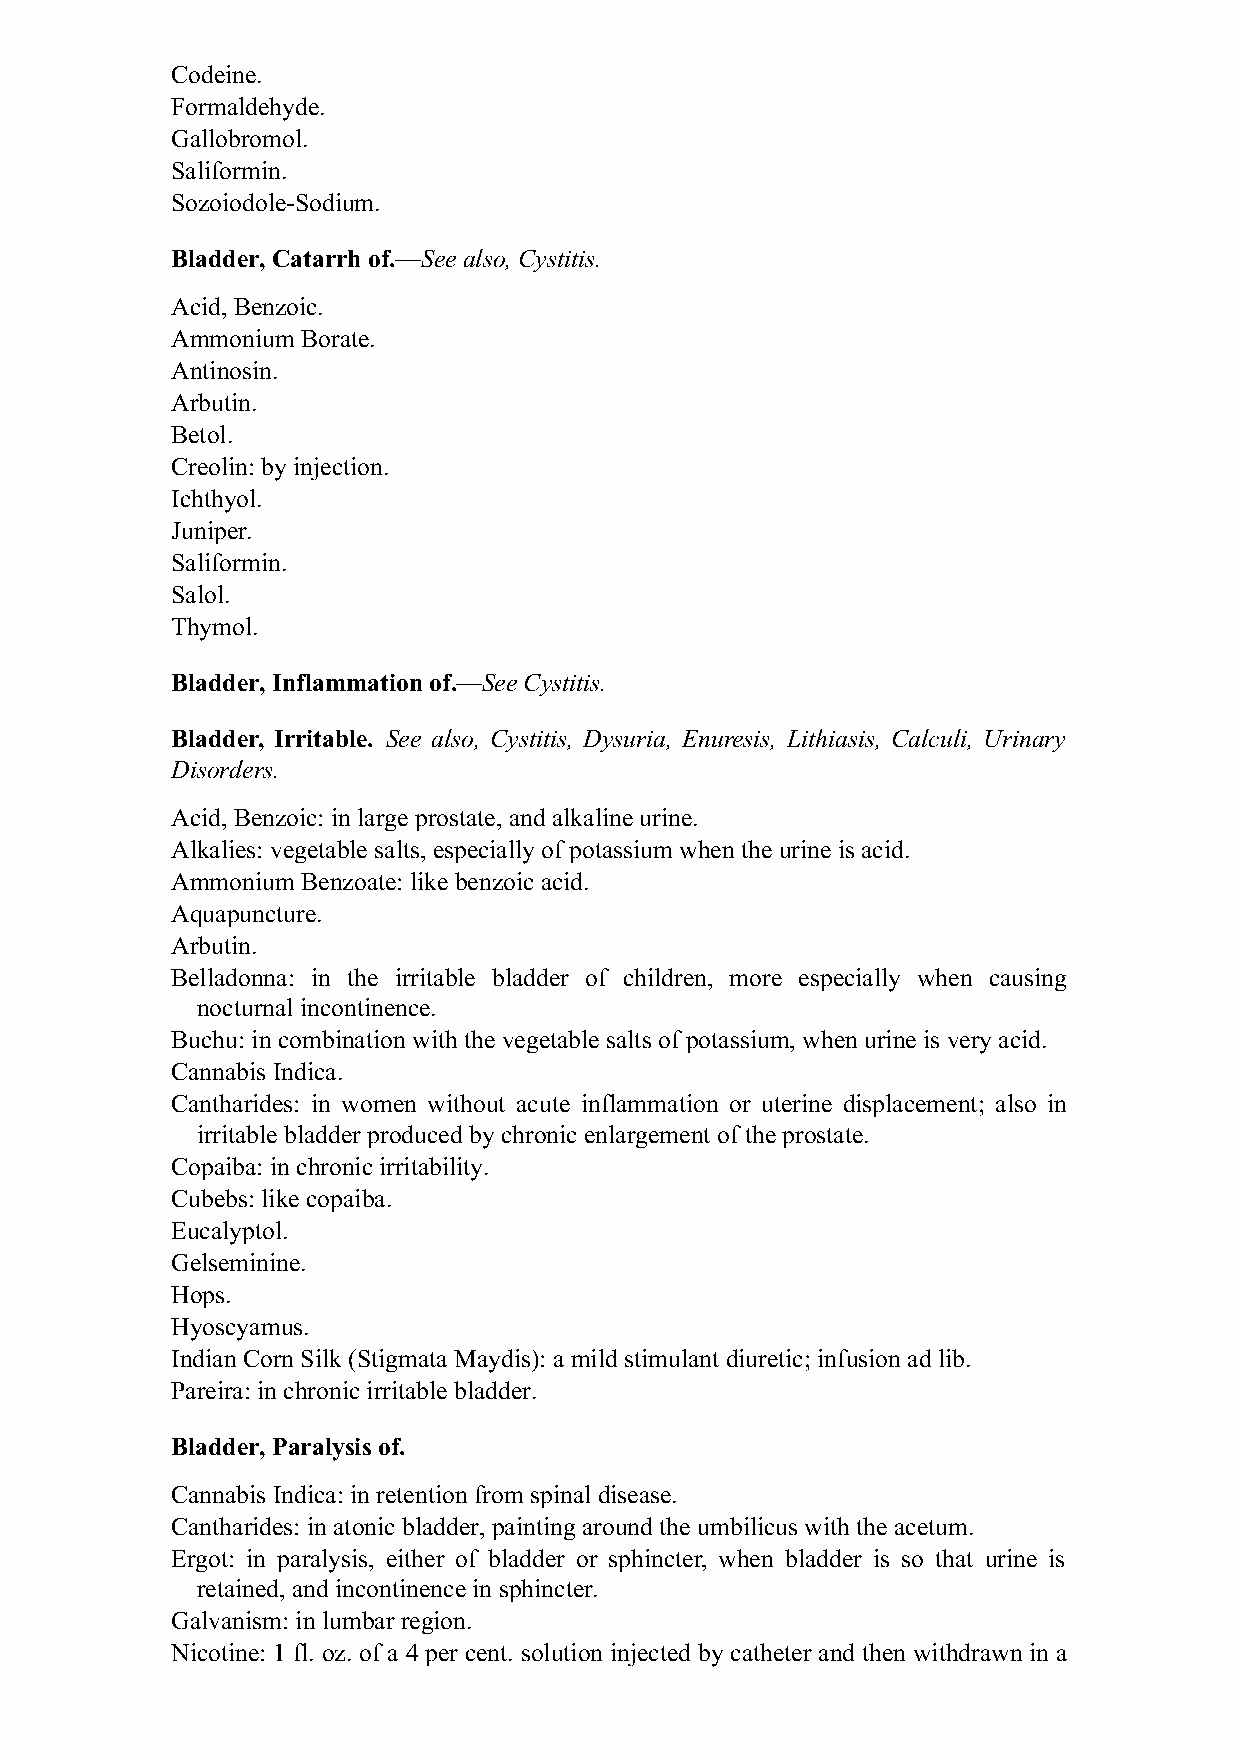
Codeine.
 Formaldehyde.
 Gallobromol.
 Saliformin.
 Sozoiodole-Sodium.
 Bladder, Catarrh of.—See also, Cystitis.
 Acid, Benzoic.
 Ammonium Borate.
 Antinosin.
 Arbutin.
 Betol.
 Creolin: by injection.
 Ichthyol.
 Juniper.
 Saliformin.
 Salol.
 Thymol.
 Bladder, Inflammation of.—See Cystitis.
 Bladder, Irritable. See also, Cystitis, Dysuria, Enuresis, Lithiasis, Calculi, Urinary
 Disorders.
 Acid, Benzoic: in large prostate, and alkaline urine.
 Alkalies: vegetable salts, especially of potassium when the urine is acid.
 Ammonium Benzoate: like benzoic acid.
 Aquapuncture.
 Arbutin.
 Belladonna: in the irritable bladder of children, more especially when causing
 nocturnal incontinence.
 Buchu: in combination with the vegetable salts of potassium, when urine is very acid.
 Cannabis Indica.
 Cantharides: in women without acute inflammation or uterine displacement; also in
 irritable bladder produced by chronic enlargement of the prostate.
 Copaiba: in chronic irritability.
 Cubebs: like copaiba.
 Eucalyptol.
 Gelseminine.
 Hops.
 Hyoscyamus.
 Indian Corn Silk (Stigmata Maydis): a mild stimulant diuretic; infusion ad lib.
 Pareira: in chronic irritable bladder.
 Bladder, Paralysis of.
 Cannabis Indica: in retention from spinal disease.
 Cantharides: in atonic bladder, painting around the umbilicus with the acetum.
 Ergot: in paralysis, either of bladder or sphincter, when bladder is so that urine is
 retained, and incontinence in sphincter.
 Galvanism: in lumbar region.
 Nicotine: 1 fl. oz. of a 4 per cent. solution injected by catheter and then withdrawn in a